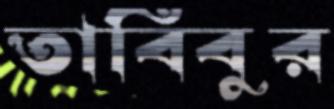
তাবিবুর